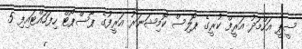
ސީޕީ އަހްމަދު އަރީފް ކުރީގެ ޕޮލިސް ކޮމިޝަނަރު އަރީފުގެ ޕާސްޕޯޓް ހިފަހައްޓައިފި 5